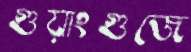
গুয়াংগুজে